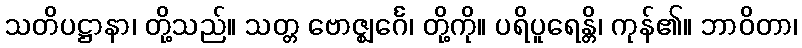
သတိပဋ္ဌာနာ၊ တို့သည်။ သတ္တ ဗောဇ္ဈင်္ဂေ၊ တို့ကို။ ပရိပူရေန္တိ၊ ကုန်၏။ ဘာဝိတာ၊